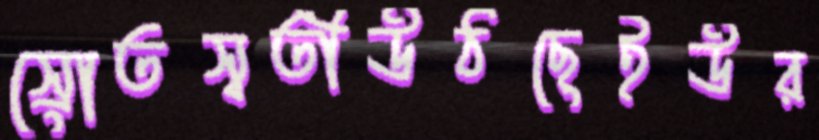
স্রোতস্বতীউঠছেইউর